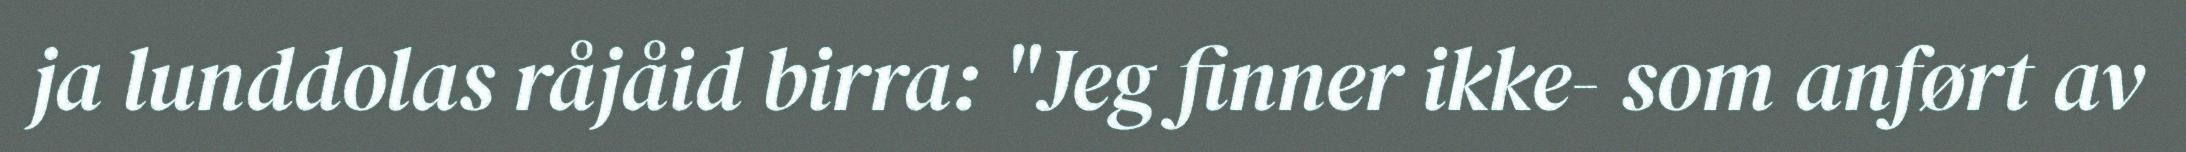
ja lunddolas råjåid birra: "Jeg finner ikke- som anført av